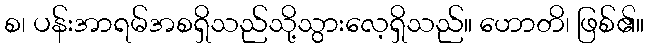
စ၊ ပန်းအာရမ်အစရှိသည်သို့သွားလေ့ရှိသည်။ ဟောတိ၊ ဖြစ်၏။